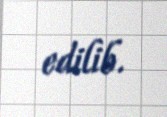
edilib.